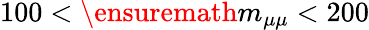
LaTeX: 100<\ensuremath{m_{\mu\mu}}<200